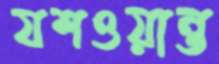
যশওয়ান্ত